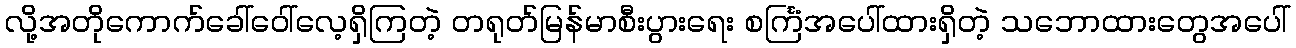
လို့အတိုကောက်ခေါ်ဝေါ်လေ့ရှိကြတဲ့ တရုတ်မြန်မာစီးပွားရေး စင်္ကြံအပေါ်ထားရှိတဲ့ သဘောထားတွေအပေါ်